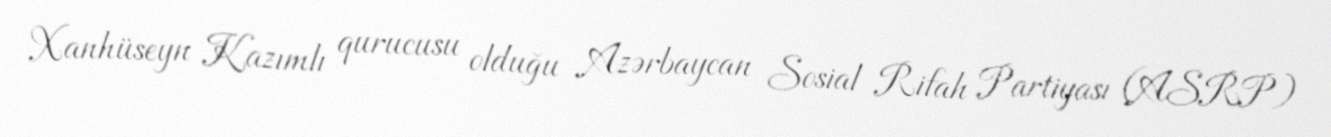
Xanhüseyn Kazımlı qurucusu olduğu Azərbaycan Sosial Rifah Partiyası (ASRP)